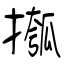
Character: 摦